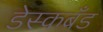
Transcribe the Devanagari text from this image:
डेस्कबँड